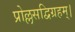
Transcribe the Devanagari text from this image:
प्रोल्लसद्विग्रहम्।